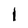
Character: I